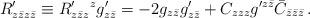
LaTeX: \begin{align*}R'_{z\bar zz\bar z}\equiv R'_{z\bar zz}{}^z g'_{z\bar z}=-2 g_{z\bar z} g'_{z\bar z} +C_{zzz}g'^{z\bar z}\bar C_{\bar z\bar z\bar z}\,.\end{align*}